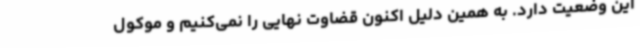
این وضعیت دارد. به همین دلیل اکنون قضاوت نهایی را نمی‌کنیم و موکول